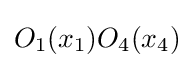
O_{1}(x_{1})O_{4}(x_{4})